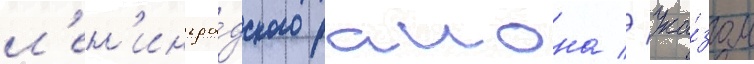
л'ен'ингра́дского раиона // Ука́зом